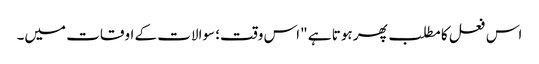
اس فعل کا مطلب پھر ہوتا ہے "اس وقت؛ سوالات کے اوقات میں۔